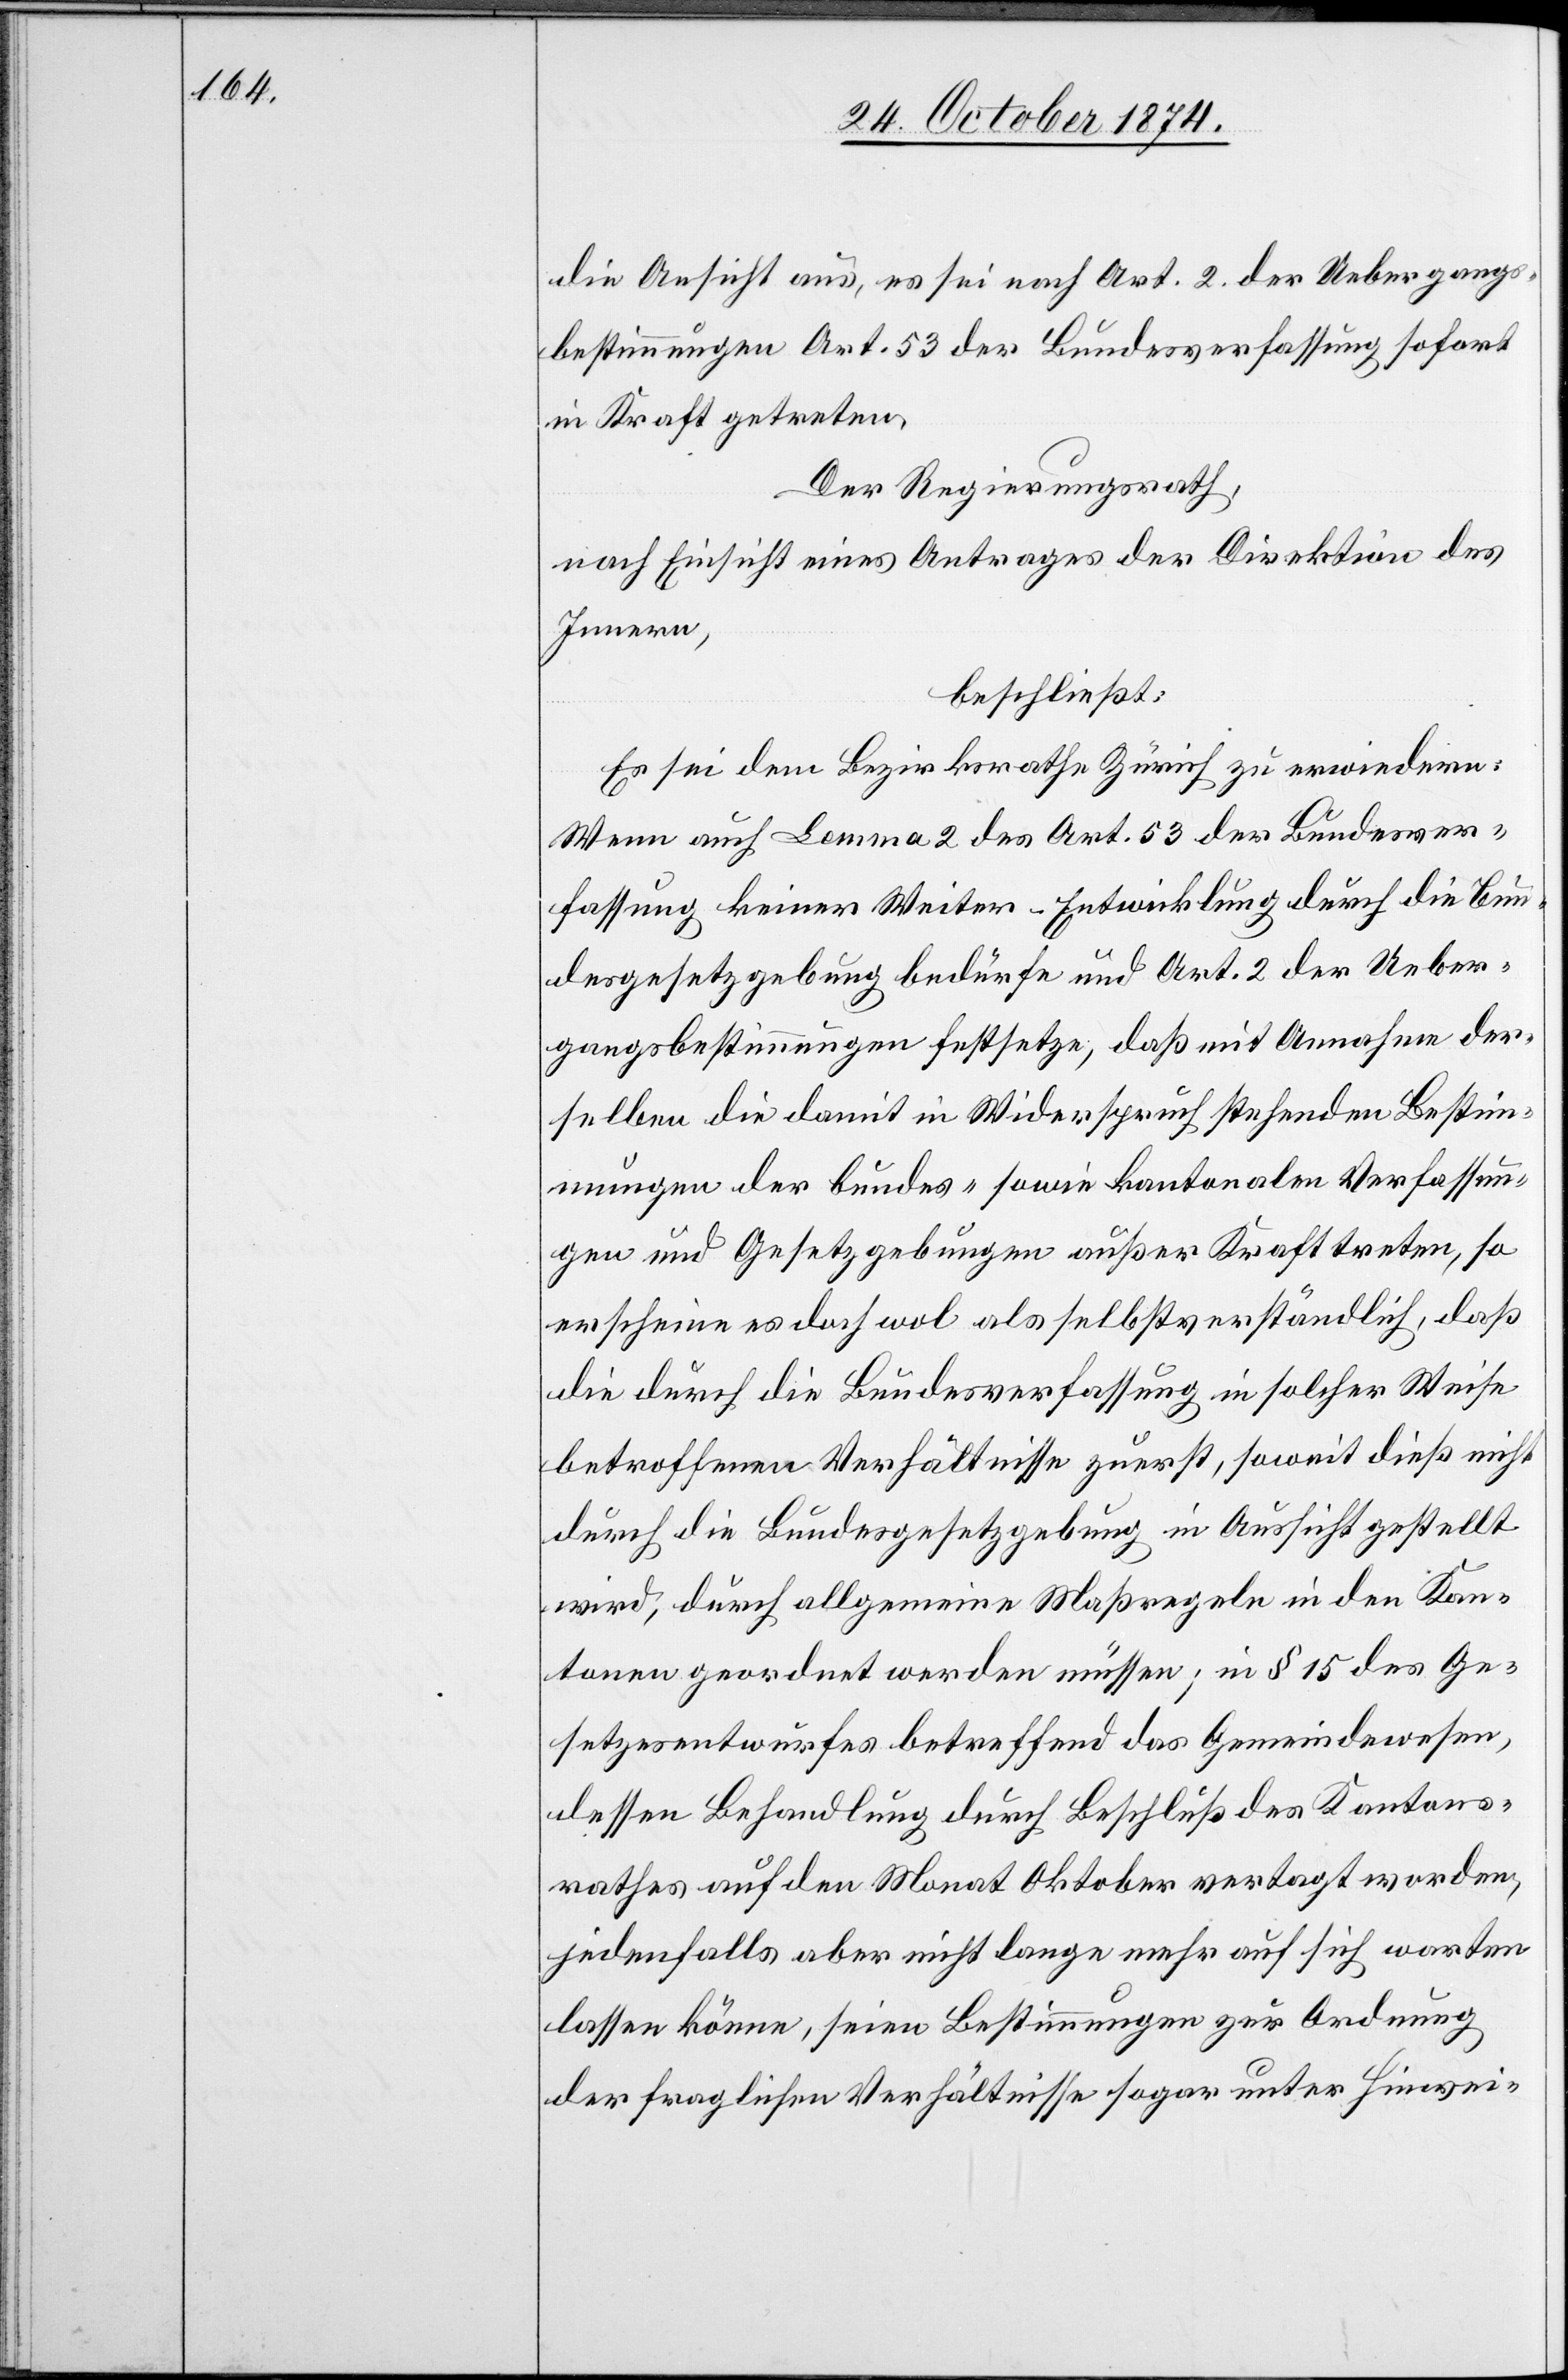
die Ansicht aus, es sei nach Art. 2 der Uebergangs¬
bestimmungen Art. 53 der Bundesverfassung sofort
in Kraft getreten.
Der Regierungsrath,
nach Einsicht eines Antrages der Direktion des
Innern,
beschließt:
Es sei dem Bezirksrathe Zürich zu erwiedern:
Wenn auch Lemma 2 des Art. 53 der Bundesver¬
fassung keiner Weiter-Entwicklung durch die Bun¬
desgesetzgebung bedürfe und Art. 2 der Ueber¬
gangsbestimmungen festsetze, daß mit Annahme der¬
selben die damit in Widerspruch stehenden Bestim¬
mung der bundes- sowie kantonalen Verfassun¬
gen und Gesetzgebungen außer Kraft treten, so
erscheine es doch wol als selbstverständlich, daß
die durch die Bundesverfassung in solcher Weise
betroffenen Verhältnisse zuerst, soweit dieß nicht
durch die Bundesgesetzgebung in Aussicht gestellt
wird, durch allgemeine Maßregeln in den Kan¬
tonen geordnet werden müsse; in § 15 des Ge¬
setzesentwurfes betreffend das Gemeindewesen,
dessen Behandlung durch Beschluß des Kantons¬
rathes auf den Monat Oktober vertagt worden,
jedenfalls aber nicht lange mehr auf sich warten
lassen könne, seien Bestimmungen zur Ordnung
der fraglichen Verhältnisse sogar unter Hinwei-